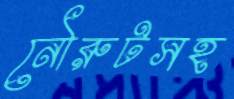
নৌরুটসহ